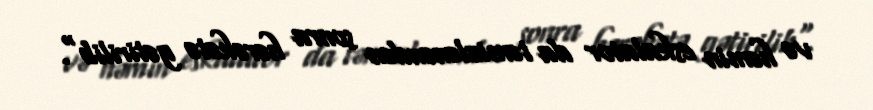
və həmin eskalator da təmizlənəndən sonra hərəkətə gətirilib".